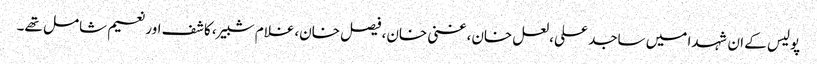
پولیس کے ان شہدا میں ساجد علی، لعل خان، غنی خان، فیصل خان،غلام شبیر، کاشف اور نعیم شامل تھے۔